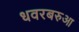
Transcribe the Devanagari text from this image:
धवरबरुआ